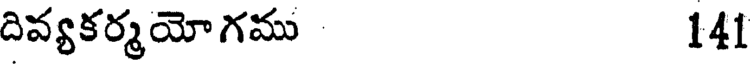
దివ్యకర్మయోగము 141